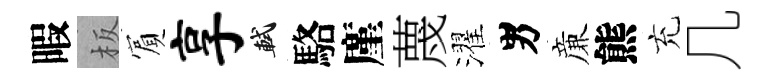
暇板賔享軾駱廑蔑濯男亷熊充几